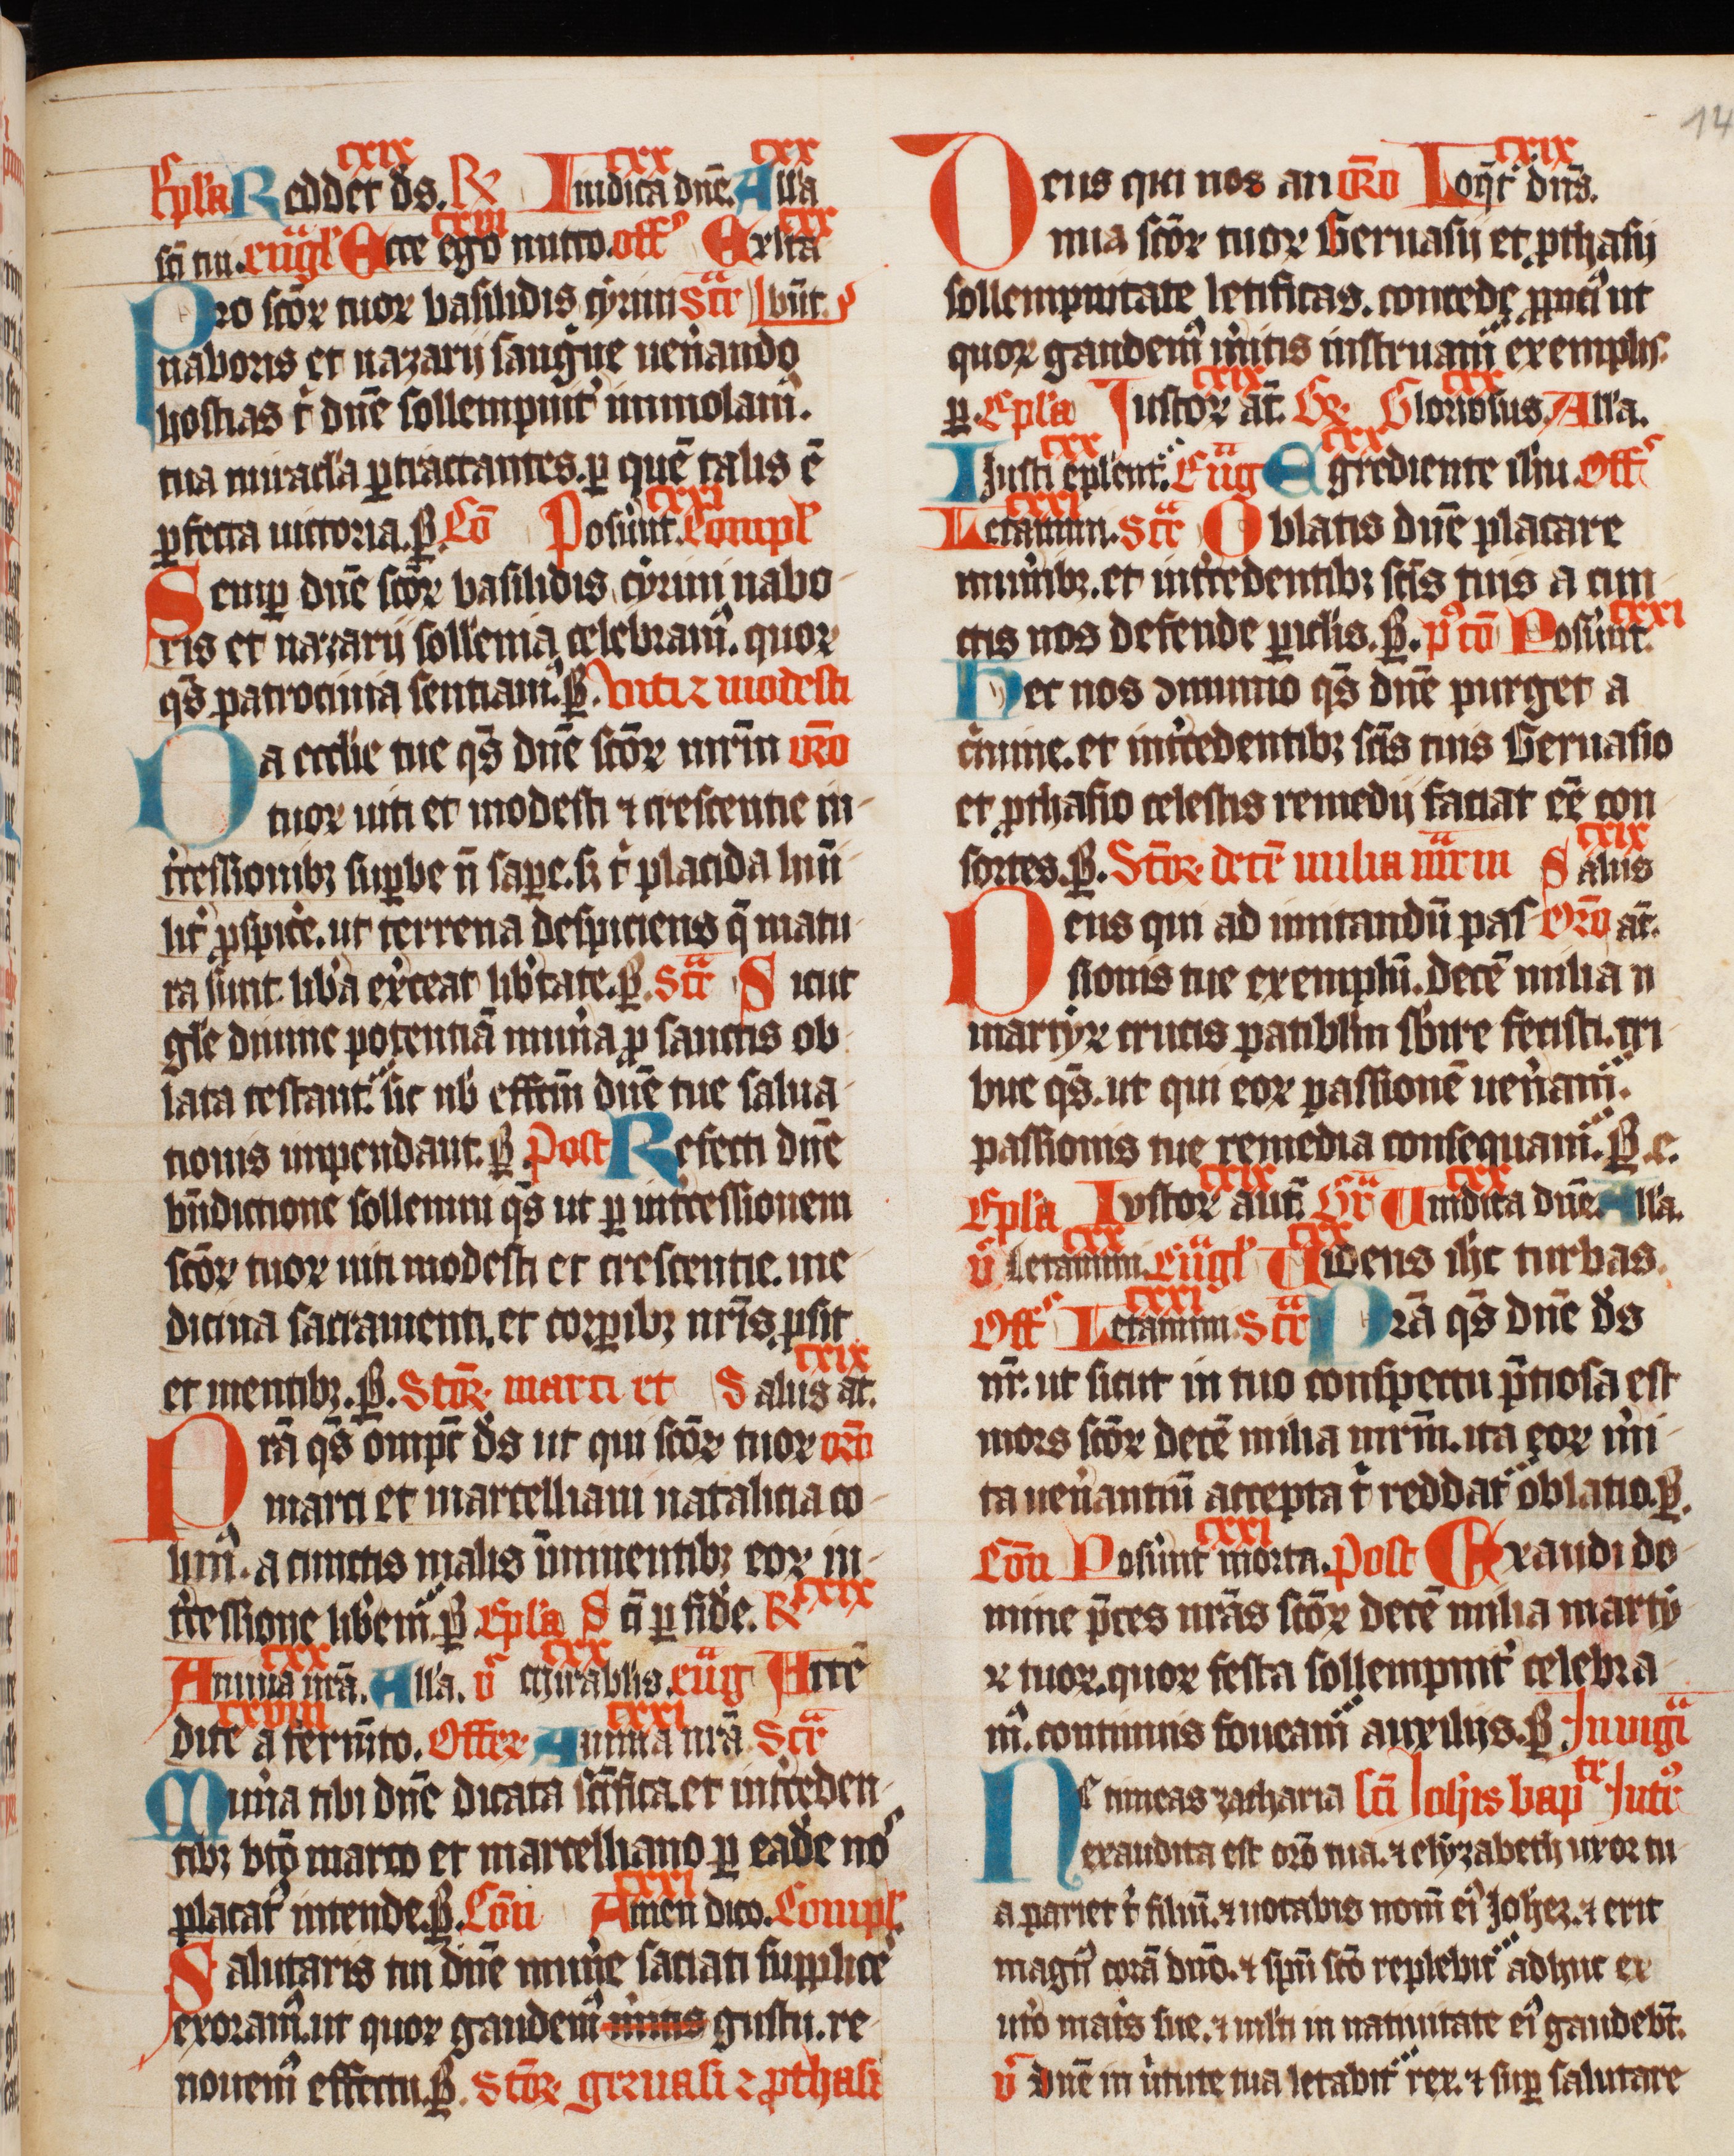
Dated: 1420–1429